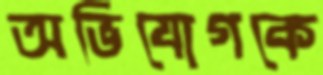
অভিযোগকে